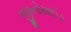
જીનોસાઈડ